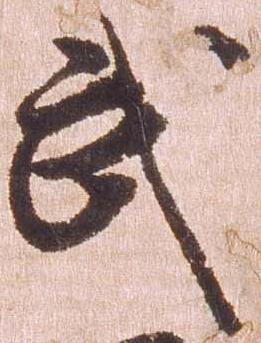
武